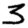
Digit: 3